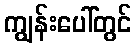
ကျွန်းပေါ်တွင်